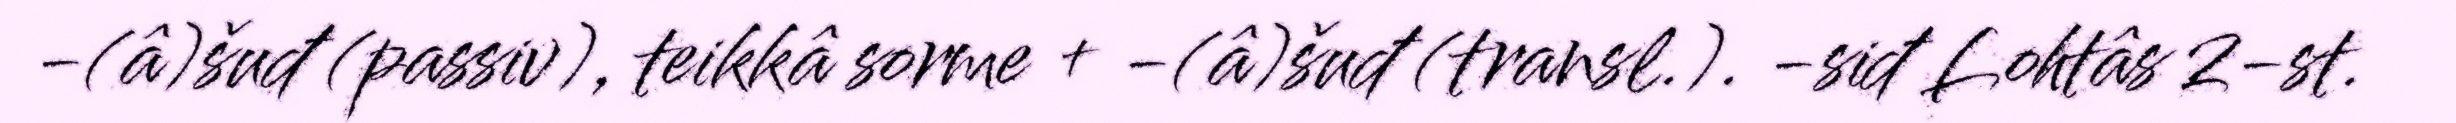
-(â)šuđ (passiv), teikkâ sorme + -(â)šuđ (transl.). -siđ Lohtâs 2-st.